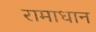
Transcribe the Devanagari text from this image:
रामाधान